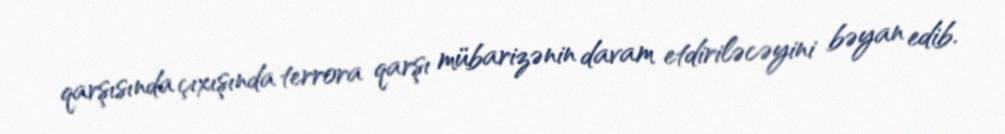
qarşısında çıxışında terrora qarşı mübarizənin davam etdiriləcəyini bəyan edib.